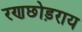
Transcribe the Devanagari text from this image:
रणछोड़राय